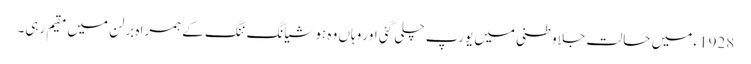
1928ء میں حالت جلاوطنی میں یورپ چلی گئی اور وہاں وہ ہو شیانگ ننگ کے ہمراہ برلن میں مقیم رہی۔